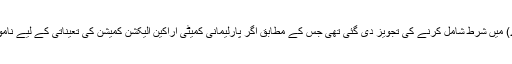
یہ بل لیفٹننٹ جنرل (ر) عبدالقیوم نے پیش کیا جس میں آئین کی دفعہ 213 (2 اے) میں شرط شامل کرنے کی تجویز دی گئی تھی جس کے مطابق اگر پارلیمانی کمیٹی اراکین الیکشن کمیشن کی تعیناتی کے لیے ناموں پر اتفاق کرنے میں ناکام ہوجائے تو یہ معاملہ سپریم کورٹ بھیج دیا جائے گا۔